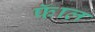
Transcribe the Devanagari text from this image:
फॅाल